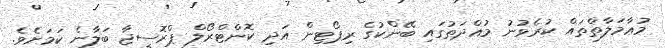
މުޢާމަލާތްތައް ކުރެވުނު މުއްދަތުގައި ބޭންކުގެ ރިޕޯޓިން އަދި ކޮންޓްރޯލް ޕްރޮސީޖާ ބަލާނެ ކަމަށެވެ.